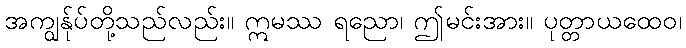
အကျွန်ုပ်တို့သည်လည်း။ ဣမဿ ရညော၊ ဤမင်းအား။ ပုတ္တာယထေဝ၊